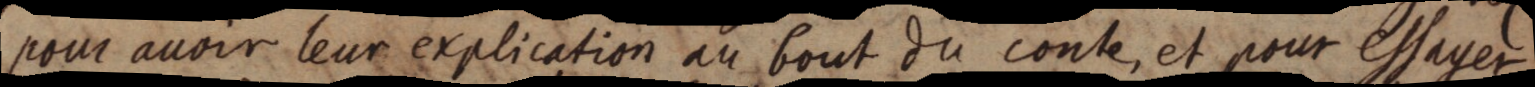
pour avoir leur explication au bout du conte, et pour essayer